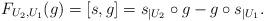
LaTeX: \begin{align*}F_{U_2,U_1}(g)=[s,g]=s_{|U_2}\circ g-g\circ s_{|U_1}.\end{align*}